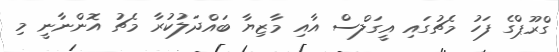
ގްރޫޕްގެ ފަހު މެޗުގައި އީގަލްސް އާއި މާޒިޔާ ބައްދަލުކުރާ މެޗު އޮންނާނީ މި